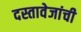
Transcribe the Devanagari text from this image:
दस्तावेजांची